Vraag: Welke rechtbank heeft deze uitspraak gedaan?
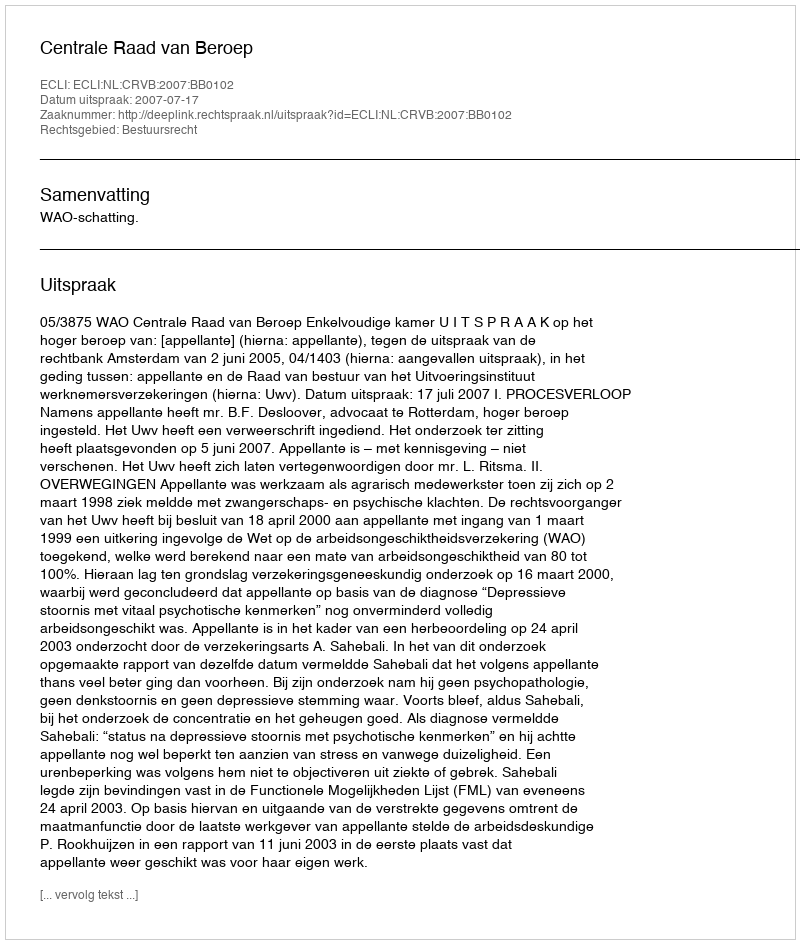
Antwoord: Centrale Raad van Beroep